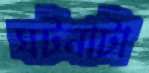
ঘটনাটা